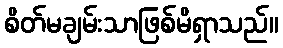
စိတ်မချမ်းသာဖြစ်မိရှာသည်။